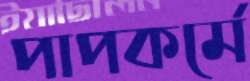
পাপকর্মে